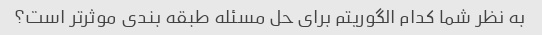
به نظر شما کدام الگوریتم برای حل مسئله طبقه بندی موثرتر است؟